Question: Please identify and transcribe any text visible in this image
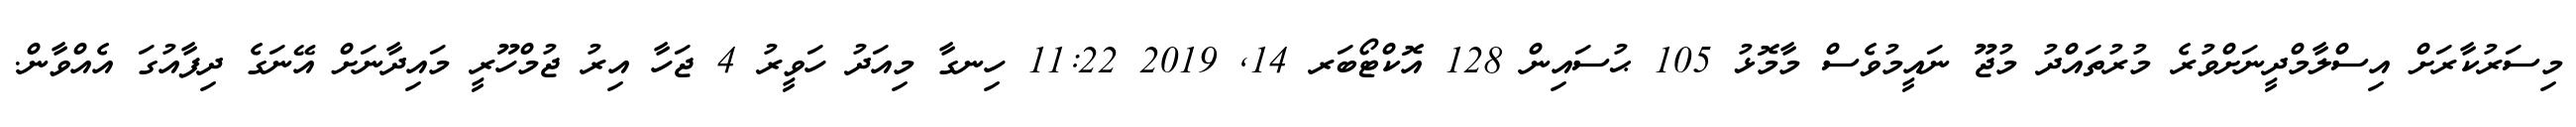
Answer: މިސަރުކާރަށް އިސްލާމްދީނަށްވުރެ މުރުތައްދު މުޖޫ ނައީމުވެސް މާމޮޅު 105 ޙުސައިން 128 އޮކްޓޯބަރ 14, 2019 11:22 ހިނގާ މިއަދު ހަވީރު 4 ޖަހާ އިރު ޖުމްހޫރީ މައިދާނަށް އޭނަގެ ދިފާއުގަ އެއްވާން.